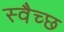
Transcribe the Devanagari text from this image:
स्वैच्छ